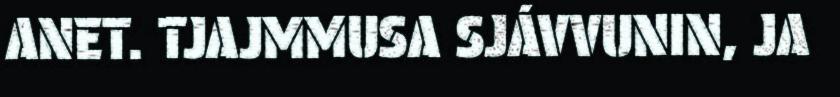
ANET. TJAJMMUSA SJÁVVUNIN, JA